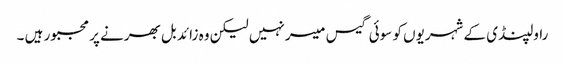
راولپنڈی کے شہریوں کو سوئی گیس میسر نہیں لیکن وہ زائد بل بھرنے پر مجبور ہیں ۔